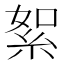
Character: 絮